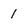
Character: 1